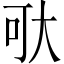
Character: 𱘯